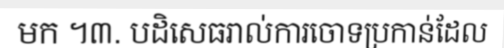
មក ។៣. បដិសេធរាល់ការចោទប្រកាន់ដែល